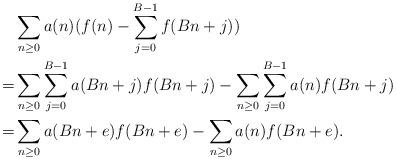
LaTeX: \begin{align*}&\sum\limits_{n\geq 0} a(n) (f(n)-\sum\limits_{j=0} ^{B-1} f(Bn+j))\\=& \sum\limits_{n\geq 0} \sum\limits_{j=0} ^{B-1} a(Bn+j)f(Bn+j)-\sum\limits_{n\geq 0} \sum\limits_{j=0} ^{B-1} a(n)f(Bn+j) \\=& \sum\limits_{n\geq 0} a(Bn+e)f(Bn+e)-\sum\limits_{n\geq 0} a(n)f(Bn+e).\end{align*}